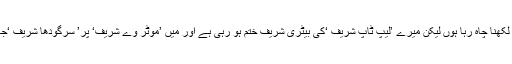
بہت کچھ لکھنا چاہ رہا ہوں لیکن میرے ’لیپ ٹاپ شریف ‘کی بیٹری شریف ختم ہو رہی ہے اور میں ’موٹر وے شریف‘ پر’ سرگودھا شریف ‘جا رہا ہوں۔